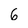
Character: 6